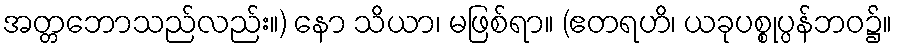
အတ္တဘောသည်လည်း။) နော သိယာ၊ မဖြစ်ရာ။ (ဧတရဟိ၊ ယခုပစ္စုပ္ပန်ဘဝ၌။